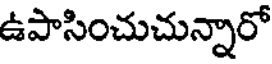
ఉపాసించుచున్నారో